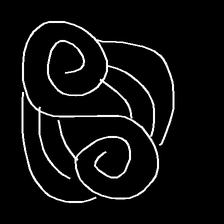
Glyph: wind-underfoot